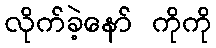
လိုက်ခဲ့နော် ကိုကို